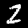
Digit: 2